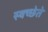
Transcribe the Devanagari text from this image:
स्वच्छेते